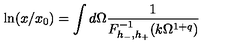
\ln ( x / x _ { 0 } ) = \int d \Omega \frac { 1 } { F _ { h _ { - } , h _ { + } } ^ { - 1 } ( k \Omega ^ { 1 + q } ) }